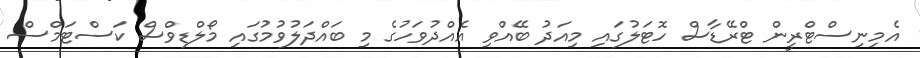
އެމިނިސްޓްރީން ޓްރޭޑާސް ހޮޓަލުގައި މިއަދު ބޭއްވި އެއްދުވަހުގެ މި ބައްދަލުވުމުގައި މޯލްޑިވްސް ކަސްޓަމްސް